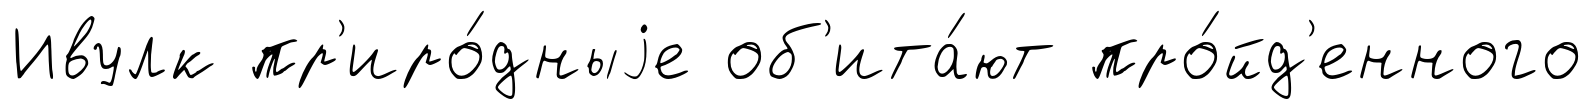
Ивулк пр'иро́дныjе об'ита́ют про́йд'енного